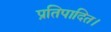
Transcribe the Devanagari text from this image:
प्रतिपादित।